Report on sanitation, dispensaries, and jails in Rajputana for 1909, and on vaccination for the year 1909-1910 - 1909-1910
Year: 1909
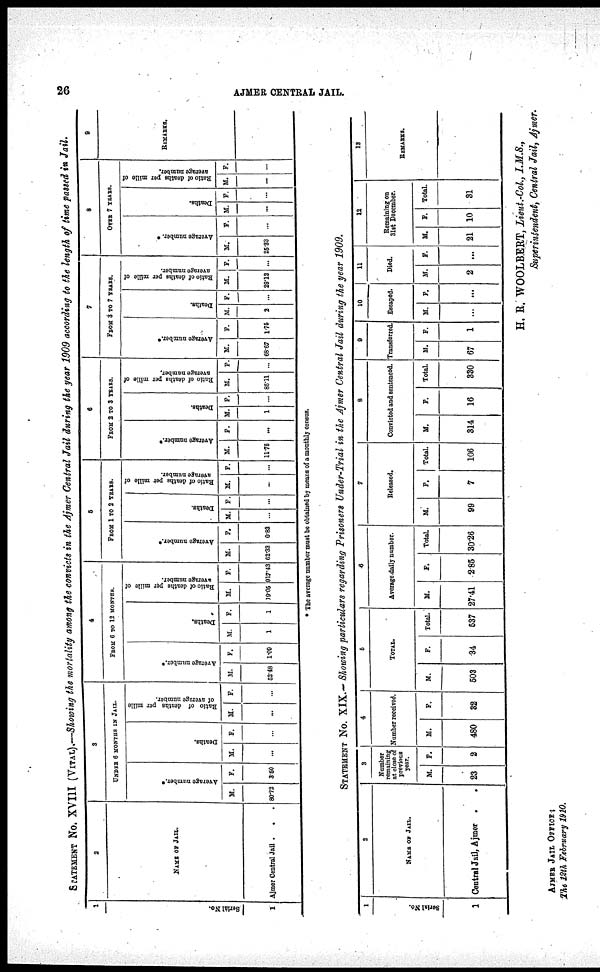
26
AJMER CENTRAL JAIL.
STATEMENT No. XVIII (VITAL).—Showing the mortality among the convicts in the Ajmer Central Jail during the year 1909 according to the length of time passed in Jail.
1
Serial No.
1
2
NAME OF JAIL.
Ajmer Central Jail . .
3
UNDER 6 MONTHS IN JAIL
Average number.*
M.
80.73
F.
3.50
Deaths.
M.
...
F.
...
Ratio of deaths per mille
of average number.
M.
...
F.
...
4
FROM 6 TO 12 MONTHS.
Average number.*
M.
52.48
F.
1.09
Deaths.
M.
1
P.
1
Ratio of deaths par mille of
average number.
M.
99.06
F.
917.43
5
FROM 1 TO 2 YEARS.
Average number.*
M.
62.33
F.
0.83
Deaths.
M.
...
F.
...
Ratio of deaths per mille of
average number.
M.
...
F.
...
6
FROM 2 TO 3 YEARS.
Average number.*
M.
11.75
F.
...
Deaths.
M.
1
F.
...
Ratio of deaths per mille of
average number.
M.
85.11
F.
7
FROM 3 TO 7 YEARS.
Average number.*
M.
68.67
F.
1.75
Deaths.
M.
2
F.
...
Ratio of deaths per mille of
average number.
M.
29.12
F.
...
8
OVER 7 YEARS.
Average number. *
M.
25.33
F.
...
Deaths.
M.
...
F.
...
Ratio of deaths per mille of
average number.
M.
...
F.
...
9
REMARKS.
* The average number must be obtained by means of a monthly census.
STATEMENT No. XIX.— Showing particulars regarding Prisoners Under-Trial in the Ajmer Central Jail during the year 1909.
1
Serial No.
1
2
NAMS OF JAIL.
Central Jail, Ajmer .
3
Number
remaining
at close of
previous
year.
M.
23
F.
2
4
Number received.
M.
480
F.
32
5
TOTAL.
M.
503
F.
34
Total.
537
6
Average daily number.
M.
27.41
F.
2.85
Total
30.26
7
Released.
M.
99
F.
7
Total
106
8
Convicted and sentenced.
M.
314
F.
16
Total.
330
9
Transferred.
M.
67
F.
1
10
Escaped.
M.
...
F.
...
11
Died.
M.
2
F.
...
12
Remaining on
31st December.
M.
21
F.
10
Total
31
13
REMARKS.
H. R. WOOLBERT, Lieut.-Col, I.M.S.,
Superintendent, Central Jail, Ajmer.
AJMER JAIL OFFICE;
The 12th February 1910.